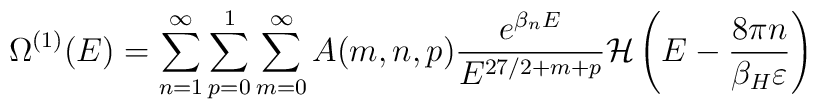
\Omega^{(1)}(E)=\sum_{n=1}^{\infty}\sum_{p=0}^{1}\sum_{m=0}^{\infty}A(m,n,p)\frac{e^{\beta_nE}}{E^{27/2+m+p}} {\cal H}\left(E-\frac{8\pi n}{\beta_H \varepsilon}\right)